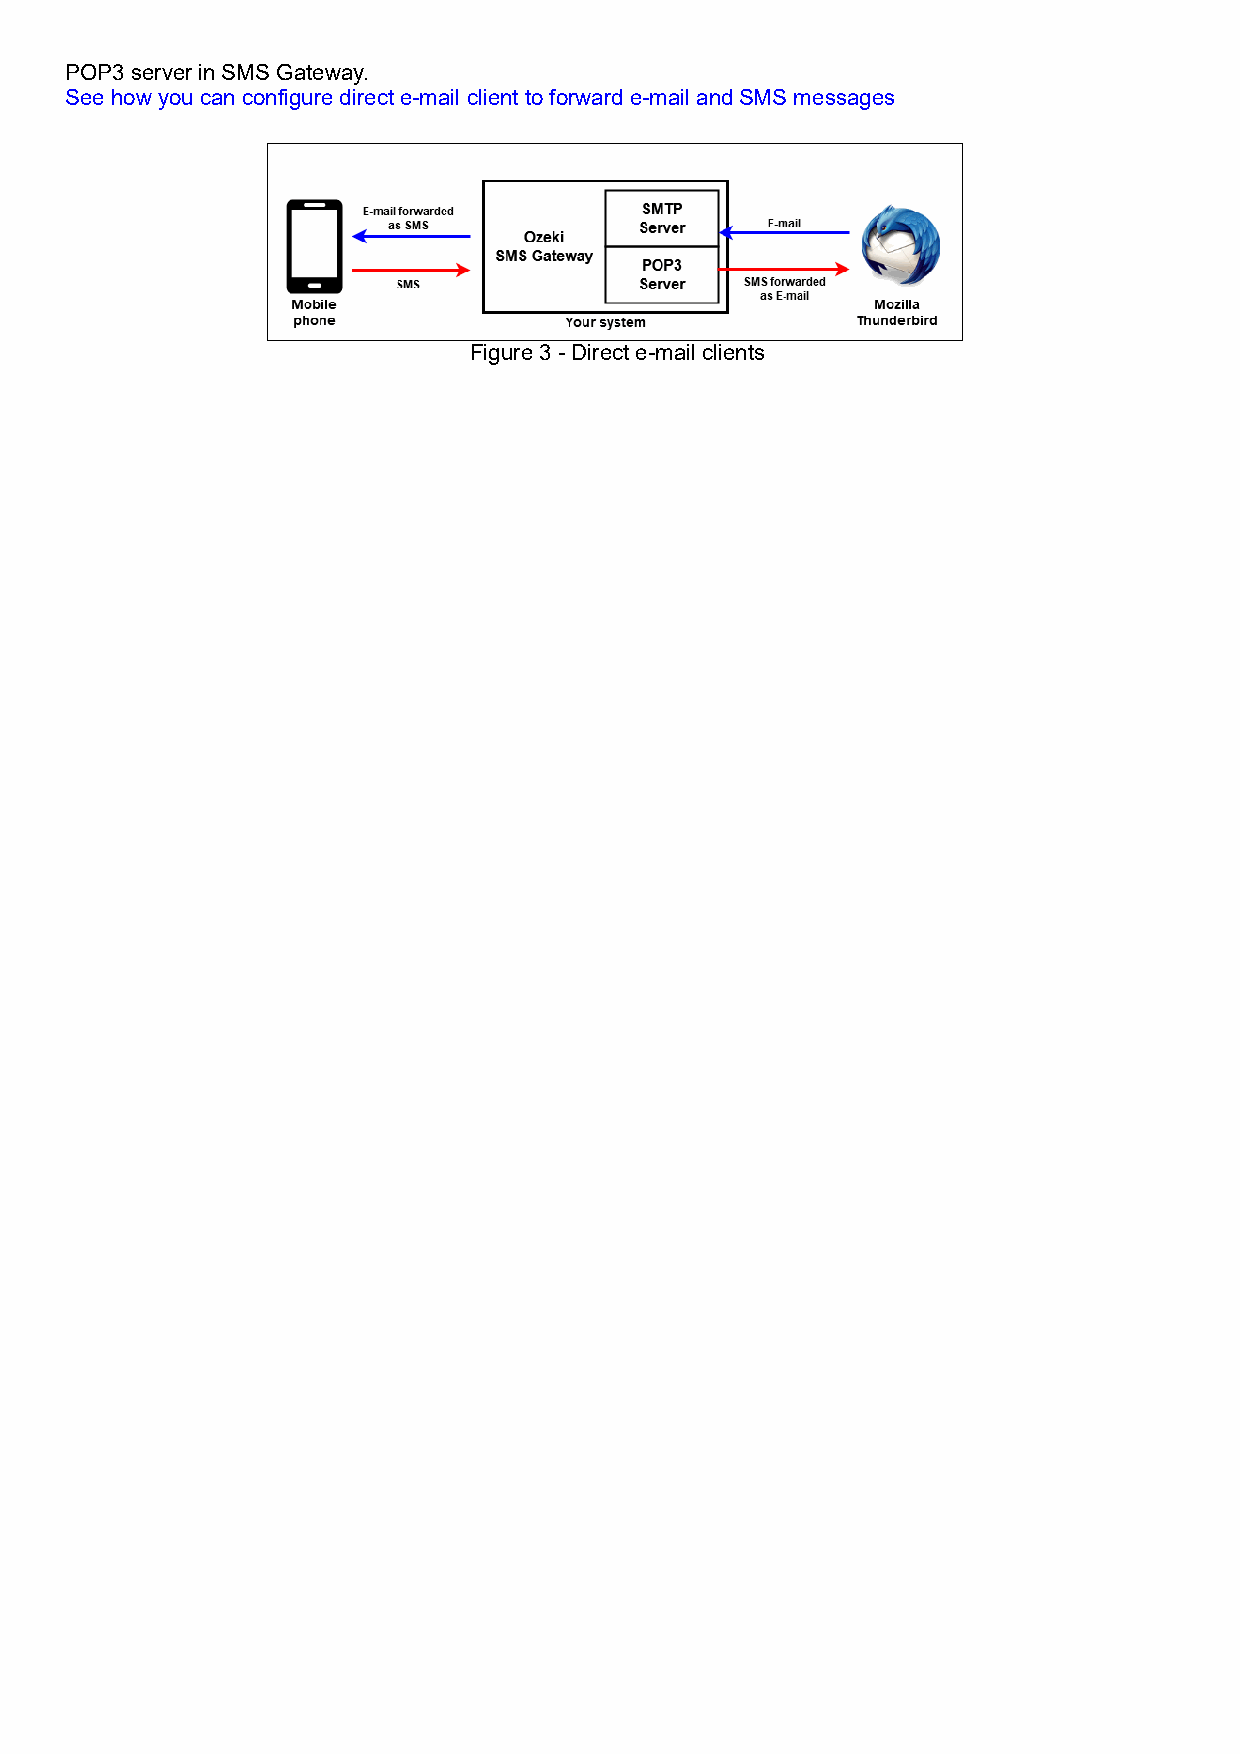
POP3 server in SMS Gateway.
 See how you can configure direct e-mail client to forward e-mail and SMS messages
 Figure 3 - Direct e-mail clients